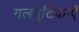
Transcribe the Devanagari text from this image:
गलगुटिकाएँ